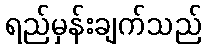
ရည်မှန်းချက်သည်